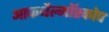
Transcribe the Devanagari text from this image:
आफथैल्मॉस्कोप